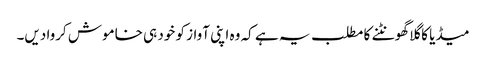
میڈیا کا گلا گھونٹنے کا مطلب یہ ہے کہ وہ اپنی آواز کو خود ہی خاموش کروا دیں۔